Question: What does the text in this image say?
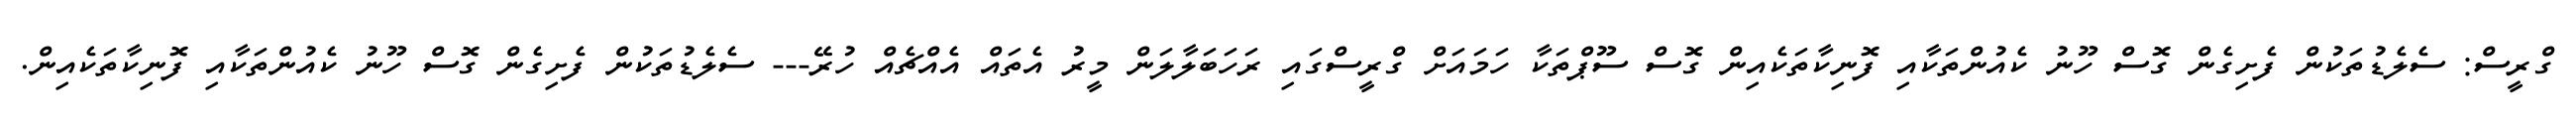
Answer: ގްރީސް: ސެލެޑުތަކުން ފެށިގެން ގޮސް ހޫނު ކެއުންތަކާއި ފޮނިކާތަކެއިން ގޮސް ސޫޕްތަކާ ހަމައަށް ގްރީސްގައި ރަހަބަލާލަން މީރު އެތައް އެއްޗެއް ހުރޭ--- ސެލެޑުތަކުން ފެށިގެން ގޮސް ހޫނު ކެއުންތަކާއި ފޮނިކާތަކެއިން.